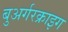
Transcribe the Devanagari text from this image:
बुअर्गरक्राइग